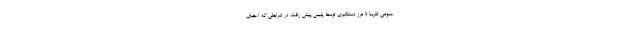
عمومی تقریبا تا مرز دستگیری توسط پلیس پیش رفت. در شرایطی که اعضای